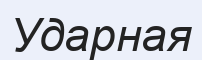
Ударная